Note on the mental hospitals in Burma - 1925-1940
Year: 1925
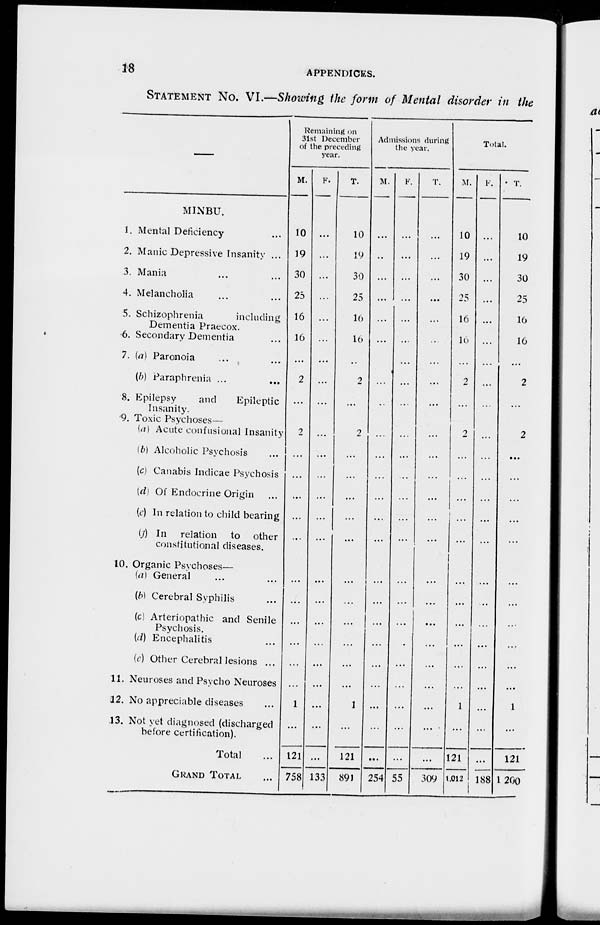
18
APPENDICES.
STATEMENT NO. VI.—Showing the form of Mental disorder in the
—
MINBU.
1. Mental Deficiency ...
2. Manic Depressive Insanity ...
3. Mania ... ...
4. Melancholia ... ...
5. Schizophrenia
including
Dementia Praecox.
6. Secondary Dementia ...
7. (a) Paronoia ... ...
(b) Paraphrenia ... ...
8. Epilepsy
and
Epileptic
Insanity.
9. Toxic Psychoses—
(a) Acute confusional Insanity
(b) Alcoholic Psychosis ...
(c) Canabis Indicae Psychosis
(d) Of Endocrine Origin ...
(c) In relation to child bearing
(f ) In relation to other
constitutional diseases.
10. Organic Psychoses—
(a) General ... ...
(b) Cerebral Syphilis ...
(c) Arteriopathic and Senile
Psychosis.
(d) Encephalitis ...
(e) Other Cerebral lesions ...
11. Neuroses and Psycho Neuroses
12. No appreciable diseases ...
13. Not yet diagnosed (discharged
before Certification).
Total ...
GRAND TOTAL ...
Remaining on
31st December
of the preceding
year.
M.
10
19
30
25
16
10
...
2
...
2
...
...
...
...
...
...
...
...
...
...
1
...
121
758
F.
...
...
...
...
...
...
...
...
...
...
...
...
...
...
...
...
...
...
...
...
...
...
...
...
133
T.
10
19
30
25
16
10
...
2
...
2
...
...
...
...
...
...
...
...
...
...
...
1
...
121
891
Admissions during
the year.
M.
...
...
...
...
...
...
...
...
...
...
...
...
...
...
...
...
...
...
...
...
...
...
...
....
254
F.
...
...
...
...
...
...
...
...
...
...
...
...
...
...
...
...
...
...
...
...
...
...
...
...
55
T.
...
...
...
...
...
...
...
...
...
...
...
...
...
...
...
...
...
...
...
...
...
...
...
...
309
Total.
M.
10
19
30
25
16
16
...
2
...
2
...
...
...
...
...
...
...
...
...
...
1
...
121
1,012
F.
...
...
...
...
...
...
...
...
...
...
...
...
...
...
...
...
...
...
...
...
...
...
188
T.
10
19
30
25
16
16
...
2
...
2
...
...
...
...
...
...
...
...
...
...
1
...
121
1,200